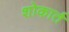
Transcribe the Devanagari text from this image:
शोकार्त